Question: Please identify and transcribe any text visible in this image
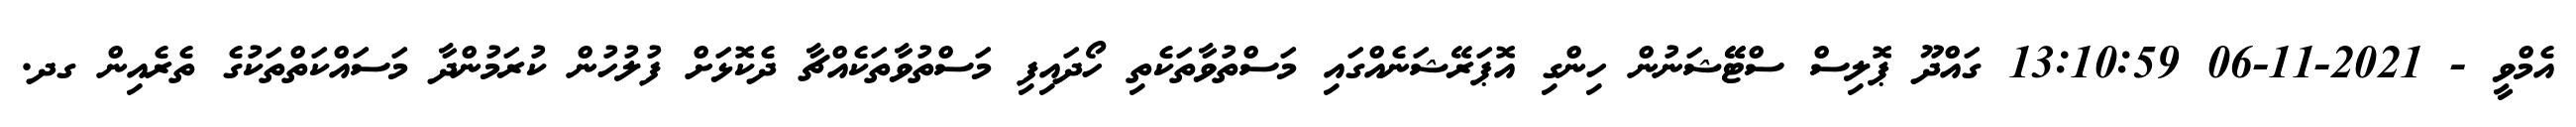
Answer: އެމްވީ - 2021-11-06 13:10:59 ގައްދޫ ޕޮލިސް ސްޓޭޭޝަނުން ހިންގި އޮޕަރޭޝަނެއްގައި މަސްތުވާތަކެތި ހޯދައިފި މަސްތުވާތަކެއްޗާ ދެކޮޅަށް ފުލުހުން ކުރަމުންދާ މަސައްކަތްތަކުގެ ތެރެއިން ގދ.